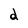
Character: d